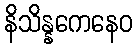
နိသိန္နကေနေဝ